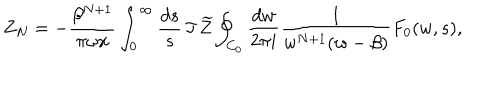
Z _ { N } = - { \frac { \beta ^ { N + 1 } } { \pi \omega x } } \int _ { 0 } ^ { \infty } { \frac { d s } { s } } \, \Im \, \widetilde Z \oint _ { C _ { 0 } } { \frac { d w } { 2 \pi i } } { \frac { 1 } { w ^ { N + 1 } ( w - \beta ) } } F _ { 0 } ( w , s ) ,